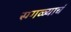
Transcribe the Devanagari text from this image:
सगळ्याचं